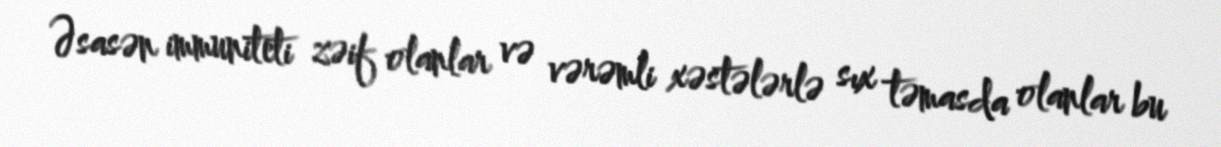
Əsasən immuniteti zəif olanlar və vərəmli xəstələrlə sıx təmasda olanlar bu